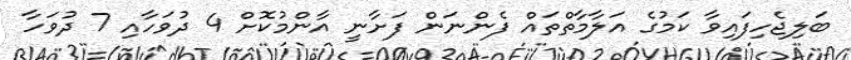
ބަލިޖެހިފައިވާ ކަމުގެ އަލާމާތްތައް ފެންނަން ފަށާނީ އާންމުކޮށް 4 ދުވަހާއި 7 ދުވަހާ